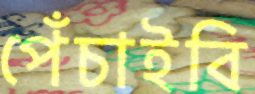
পেঁচাইবি